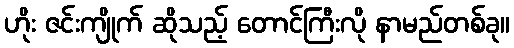
ဟိုး ဇင်းကျိုက် ဆိုသည့် တောင်ကြီးလို နာမည်တစ်ခု။